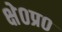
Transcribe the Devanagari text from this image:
क्षे०प्र०